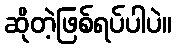
ဆိုတဲ့ဖြစ်ရပ်ပါပဲ။